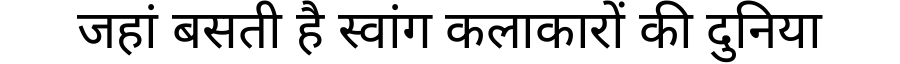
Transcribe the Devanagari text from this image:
जहां बसती है स्वांग कलाकारों की दुनिया